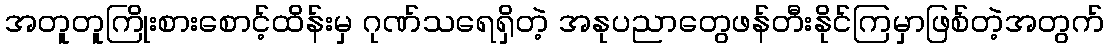
အတူတူကြိုးစားစောင့်ထိန်းမှ ဂုဏ်သရေရှိတဲ့ အနုပညာတွေဖန်တီးနိုင်ကြမှာဖြစ်တဲ့အတွက်